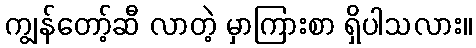
ကျွန်တော့်ဆီ လာတဲ့ မှာကြားစာ ရှိပါသလား။